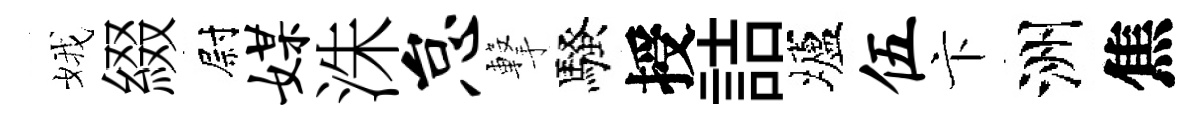
娥綴尉媒洙怠撃騷授詰壚伍卞洲焦